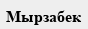
Мырзабек